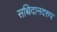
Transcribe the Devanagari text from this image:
सच्चिदानदरुप